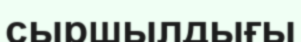
сыршылдығы